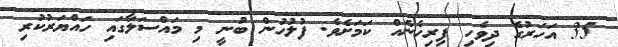
35 އަހަރުގެ ދިވެހި ފިރިހެނެއް ކަމަށެވެ. ފުލުހުން ބުނީ މި މައްސަލާގައި ހައްޔަރުކުރި